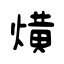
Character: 熿